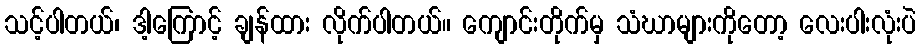
သင့်ပါတယ်၊ ဒါ့ကြောင့် ချန်ထား လိုက်ပါတယ်။ ကျောင်းတိုက်မှ သံဃာများကိုတော့ လေးပါးလုံးပဲ